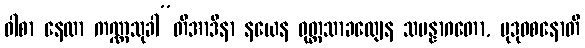
ဝါစာ နေလာ ကဏ္ဏသုခါ”တိအာဒိနာ နယေန ဝုတ္တသာခလျေန သမန္နာဂတော, မုဒုဝစနောတိ